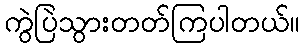
ကွဲပြဲသွားတတ်ကြပါတယ်။